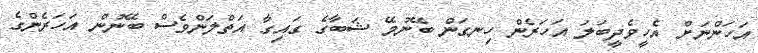
އަހަންނަށް އެހީވެދީބަލަ އަހަރެން ހިނގަން ބޭނުމޭ ޝަބާގެ ގައިގާ އަތްލަންވެސް ބޭނުން އަހަރެންގެ